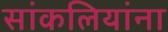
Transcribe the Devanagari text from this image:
सांकलियांना